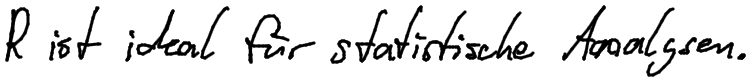
R ist ideal für statistische Analysen.